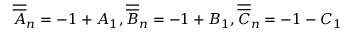
\overline { { { \overline { { A } } } } } _ { n } = - 1 + A _ { 1 } , \overline { { { \overline { { B } } } } } _ { n } = - 1 + B _ { 1 } , \overline { { { \overline { { C } } } } } _ { n } = - 1 - C _ { 1 }